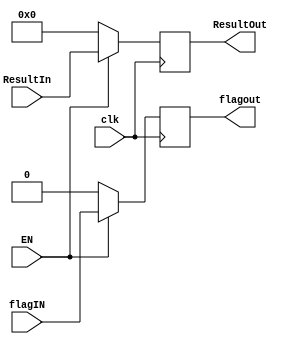
module register3(
input EN,clk,
input flagIN,
input [31:0] ResultIn,
output reg flagout,
output reg [31:0]ResultOut
);
always @(posedge clk)
	if (EN == 1'b1)
	 begin
	ResultOut <= ResultIn;
	flagout <= flagIN;
	end
	else begin
	ResultOut <= 0;
	flagout <= 0;
	end

endmodule